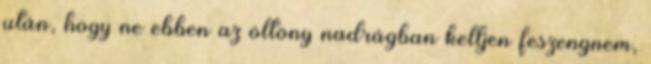
után, hogy ne ebben az öltöny nadrágban kelljen feszengnem,